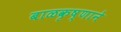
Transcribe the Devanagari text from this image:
बाळकृष्णाने